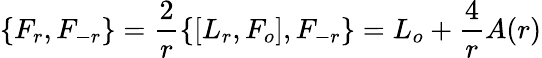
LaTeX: \{ F_{r},F_{-r}\} =\frac{2}{r}\{ [L_{r},F_{o}],F_{-r}\} =L_{o}+\frac{4}{r}A(r)